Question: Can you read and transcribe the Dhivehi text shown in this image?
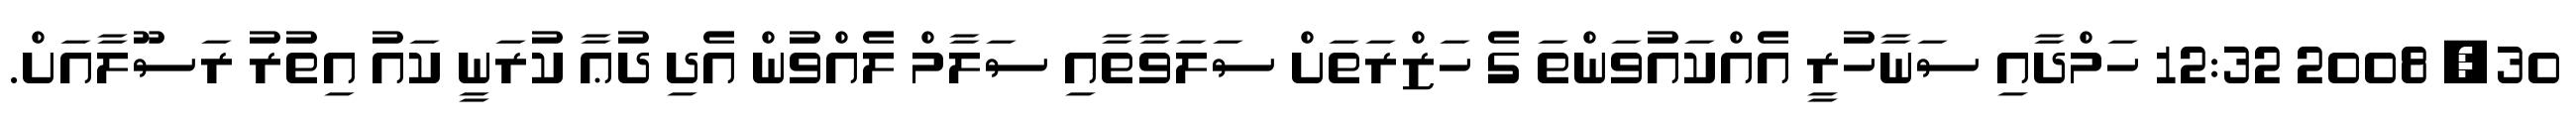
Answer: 30, 2008 12:32 ހަމްދާއި ސަނާހުރީ އެއްކައުވަންތަ ގެ ހަޒްރަތަށް ސަލަވާތާއި ސަލާމް ލެއްވުން އެދި ދުޢާ ކުރަނީ ކައު އިތުރު ރަސޫލާއަށް.